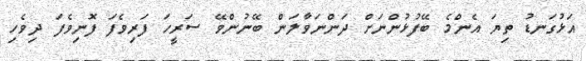
އަޅުގަނޑު ތިޔަ އެންމެ ބޭފުޅުންނަށް ދަންނަވާލަން ބޭނުންވޭ ސަރީހަ ފަރިވެފަ ފޮނިވެފަ ދިވެހި